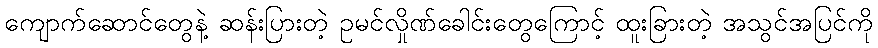
ကျောက်ဆောင်တွေနဲ့ ဆန်းပြားတဲ့ ဥမင်လှိုဏ်ခေါင်းတွေကြောင့် ထူးခြားတဲ့ အသွင်အပြင်ကို